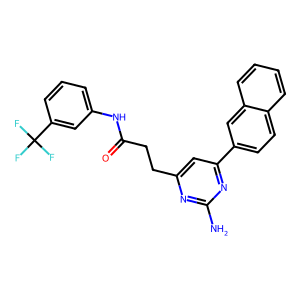
SMILES: Nc1nc(CCC(=O)Nc2cccc(C(F)(F)F)c2)cc(-c2ccc3ccccc3c2)n1
Inhibits HIV replication: No